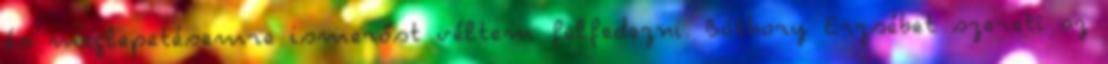
és meglepetésemre ismerőst véltem felfedezni. Báthory Erzsébet szereti az